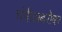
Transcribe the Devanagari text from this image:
चंगीझबरोबर